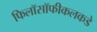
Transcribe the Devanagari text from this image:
फिलॉसॉफीकलकडे